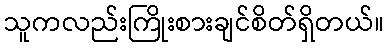
သူကလည်းကြိုးစားချင်စိတ်ရှိတယ်။